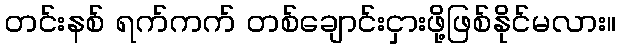
တင်းနစ် ရက်ကက် တစ်ချောင်းငှားဖို့ဖြစ်နိုင်မလား။